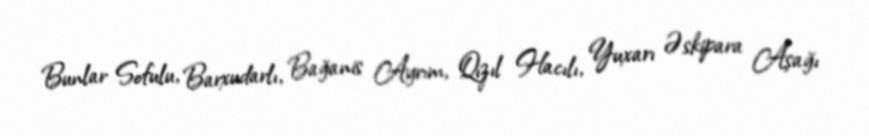
Bunlar Sofulu, Barxudarlı, Bağanis Ayrım, Qızıl Hacılı, Yuxarı Əskipara Aşağı